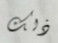
ذلك